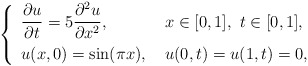
\begin{align*} \left\{ \renewcommand{\arraystretch}{1.5} \begin{array}{ll} \dfrac{\partial u}{\partial t} = 5 \dfrac{\partial^2 u}{\partial x^2}, & \ x\in[0,1], \ t \in[0,1], \\ u(x,0)=\sin(\pi x), & \ u(0,t)=u(1,t)=0, \end{array}\right.\end{align*}